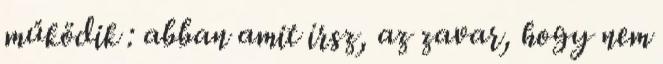
működik : abban amit írsz, az zavar, hogy nem